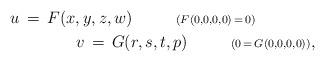
LaTeX: \begin{align*}u\,=\,F(x,y,z,w)\ \ \ \ \ \ \ \ {\scriptstyle{(F(0,0,0,0)\,=\,0)}}\ \ \ \ \ \ \ \ \ \ \ \\ \ \ \ \ \ \ \ \ \ \ \ v\,=\,G(r,s,t,p)\ \ \ \ \ \ \ \ {\scriptstyle{(0\,=\,G(0,0,0,0))}},\end{align*}